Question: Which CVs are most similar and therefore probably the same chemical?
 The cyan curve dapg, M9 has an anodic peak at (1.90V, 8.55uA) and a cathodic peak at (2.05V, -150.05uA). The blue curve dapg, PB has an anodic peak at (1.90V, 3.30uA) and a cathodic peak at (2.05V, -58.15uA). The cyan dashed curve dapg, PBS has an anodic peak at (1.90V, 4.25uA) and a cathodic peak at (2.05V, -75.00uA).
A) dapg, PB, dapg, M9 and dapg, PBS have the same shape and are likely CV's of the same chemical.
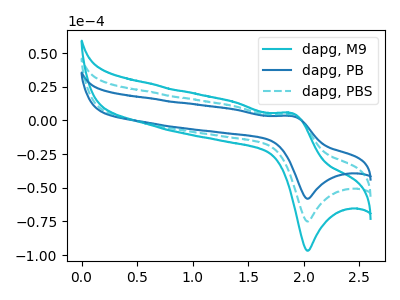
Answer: <think>All the peaks in "dapg, M9" have a peak in "dapg, PB" at the same potential. Every peak in "dapg, M9" is higher than every peak in "dapg, PB". All the peaks in "dapg, M9" have a peak in "dapg, PBS" at the same potential. Every peak in "dapg, M9" is higher than every peak in "dapg, PBS". All the peaks in "dapg, PB" have a peak in "dapg, PBS" at the same potential. Every peak in "dapg, PB" is lower than every peak in "dapg, PBS".
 </think>
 <answer>A) "dapg, PB", "dapg, M9" and "dapg, PBS" have the same shape and are likely CV's of the same chemical.</answer>
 <eval>A</eval>